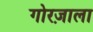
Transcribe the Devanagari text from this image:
गोरज़ाला